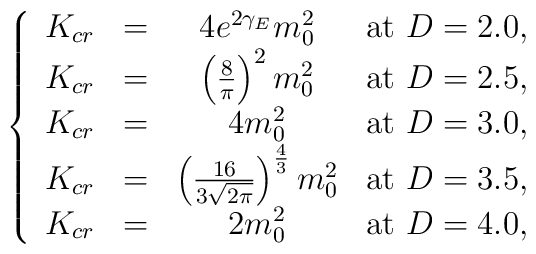
\left\{  \begin{array}{cccc}    K_{cr} & = & 4e^{2\gamma_{E}}m_{0}^{2} & \mbox{at $D=2.0$}, \\    K_{cr} & = &    \left(\frac{8}{\pi}\right)^{2}m_{0}^{2} & \mbox{at $D=2.5$}, \\    K_{cr} & = & 4m_{0}^{2} & \mbox{at $D=3.0$},\\    K_{cr} & = &    \left(\frac{16}{3\sqrt{2\pi}}\right)^{\frac{4}{3}}m_{0}^{2}     & \mbox{at $D=3.5$}, \\    K_{cr} & = & 2m_{0}^{2} & \mbox{at $D=4.0$},  \end{array}  \right.